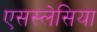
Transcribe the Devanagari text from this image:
एसस्लेसिया